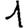
Digit: 1